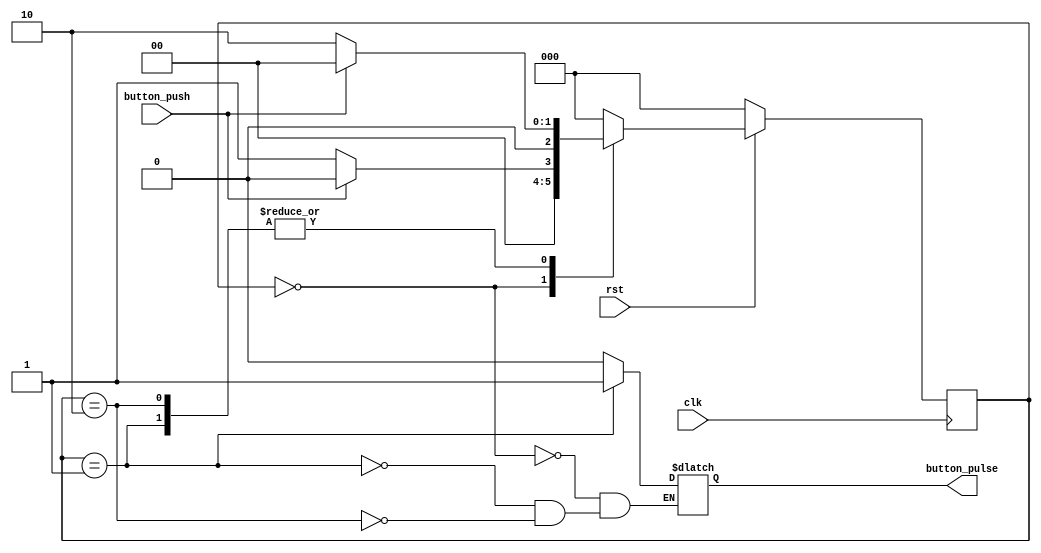
module button_shaper(button_push, button_pulse, clk, rst);
 //declaring inputs and outputs
 input button_push;
 output button_pulse;
 reg button_pulse;

 //clock and reset
 input clk,rst;

 //register to store state
 reg[2:0] state,state_next;
 parameter s_wait=0, state1=1, state2=2, state3=3;

 //loop at each positive edge of clock cycle
 always @ (state, button_push)
 begin
   case(state)
    s_wait:
     begin
      button_pulse<=0;
      if (button_push==1)
       state_next<=s_wait; 
      else
        //moving to pulse generation states when button pushed
        state_next<=state1;
     end
    //Single pulse generation
    state1:
     begin
      button_pulse<=1;
      if(button_push==1)
       state_next<=s_wait;
      else
      state_next<=state2;
     end
    state2:
     begin
      button_pulse<=0;
      if(button_push==1)
       state_next<=s_wait;
      else
      state_next<=state2;
     end
    default:
      state_next<=s_wait;
   endcase
  end

always @ (posedge clk)
begin
 if(rst==0)
  state <= s_wait;
 else
  state <= state_next;
end
endmodule